Leaving Certificate Examination (including Day School Certificate (Higher) General paper), 1937
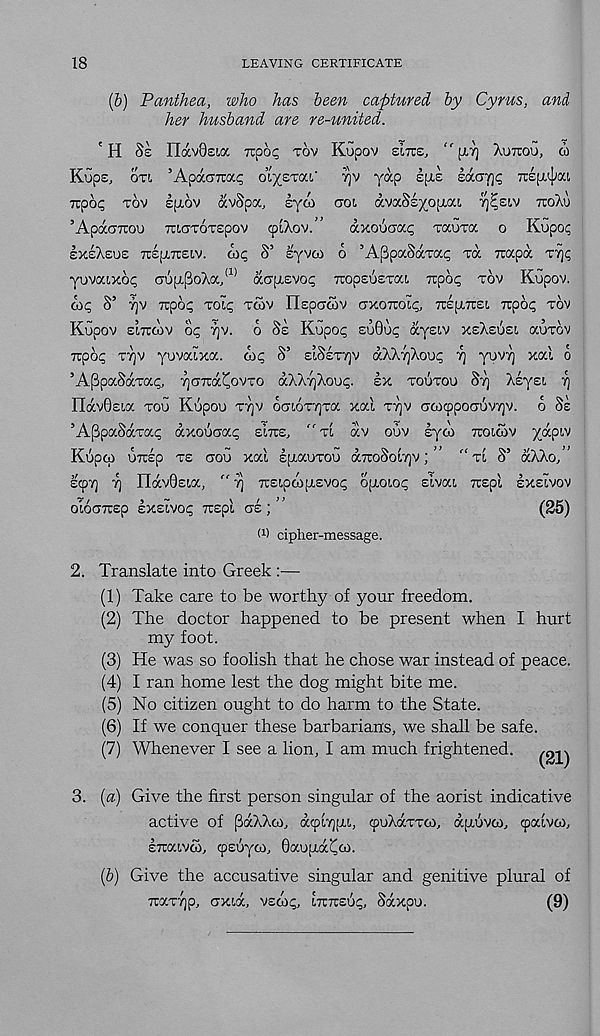
18
LEAVING CERTIFICATE
(&) Panthea, who has been captured by Cyrus, and
her husband are re-united.
'H Ss IlavQsia TCOO^ TOV Kupov EITCS, "[XT] XUTTOG, OJ
Kups, OTL ’ApdccrTtat; oiyzxaX yy y^P
z6.ar\q Trepi^ai.
Trpop TOV lixov avSpa, syoi CTOL dvaSsyojxai ^Esiv TTOXU
’ApdaTiou mcTOTspov cpiXov.”
dxoucjocp Taura o Kopo?
IxsXsus TOp-Treiv. wp S’ eyvoo 6 ’Aj3paSdcTai; m Ttapd T7)<;
yovaixop au[x[3oXa J
(1) d(j[xevo(; TropeusTai npoq TOV Kupov.
wp S’ 7]V Tipoc; TOli^ TtOV HspaSlV CTXOTTOLp, TUSfXTCe!, rcpoc; TOV
Kupov SITCWV op 7)v. o Se Kupop suQup dyeiv XEXEUEI auTov
irpop TT]V yuvaixa. oip S’ ELSETTQV dXXvjXoup 7] yuvT) xod 6
’APpaSdcTocp, TjCTTrdCovTo dXXyjXoup. lx TOUTOU STJ Xlyst. yj
IldvOsLa TOU Kupou TTJV ooioTTjTa xal TYJV crcocppoaGvTjv. o SE
’AppaSotTocp dxouaap EITTE, " TL dv ouv lyco TTOIOOV yapiv
Kupco UTOp TE aou xod IpiauTou (XTroSoLTjv; ” "TL S’ dXXo,
zcpyj rj ndv0£La, " 7] TCELpcopiEvop opioLop sivat TOpl IXELVOV
OLOCTTTEp EXELVOp Ttspl CTE j
(25)
W cipher-message.
2. Translate into Greek :—
(1) Take care to be worthy of your freedom.
(2) The doctor happened to be present when I hurt
my foot.
(3) He was so foolish that he chose war instead of peace.
(4) I ran home lest the dog might bite me.
(5) No citizen ought to do harm to the State.
(6) If we conquer these barbarians, we shall be safe.
(7) Whenever I see a lion, I am much frightened.
3. (a) Give the first person singular of the aorist indicative
active of pdXXco, dcpiyjpL, cpuXccTTco, dpivco, cpafvco,
ITOXLVG), cpsuyco, BaupdCco.
(b) Give the accusative singular and genitive plural of
TOXT7JP, (JXLOC, VEOip, LTTTCEUp, SdxpU.
(9)